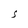
Character: S